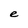
Character: e